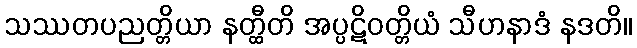
သဿတပညတ္တိယာ နတ္ထီတိ အပ္ပဋိဝတ္တိယံ သီဟနာဒံ နဒတိ။